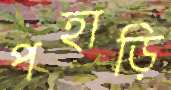
পহাড়ি